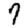
Digit: 9